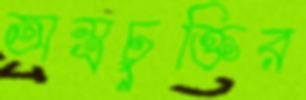
অস্ত্রচুক্তির